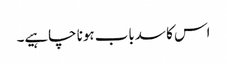
اس کا سدباب ہونا چاہیے۔